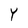
Character: Y